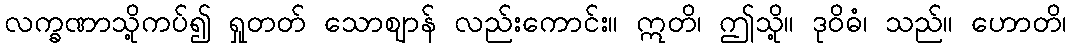
လက္ခဏာသို့ကပ်၍ ရှုတတ် သောဈာန် လည်းကောင်း။ ဣတိ၊ ဤသို့။ ဒုဝိဓံ၊ သည်။ ဟောတိ၊